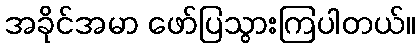
အခိုင်အမာ ဖော်ပြသွားကြပါတယ်။